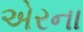
એરના